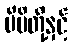
မိမိတို့နှင့်